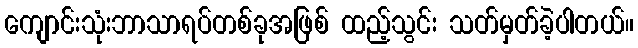
ကျောင်းသုံးဘာသာရပ်တစ်ခုအဖြစ် ထည့်သွင်း သတ်မှတ်ခဲ့ပါတယ်။